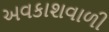
અવકાશવાળી